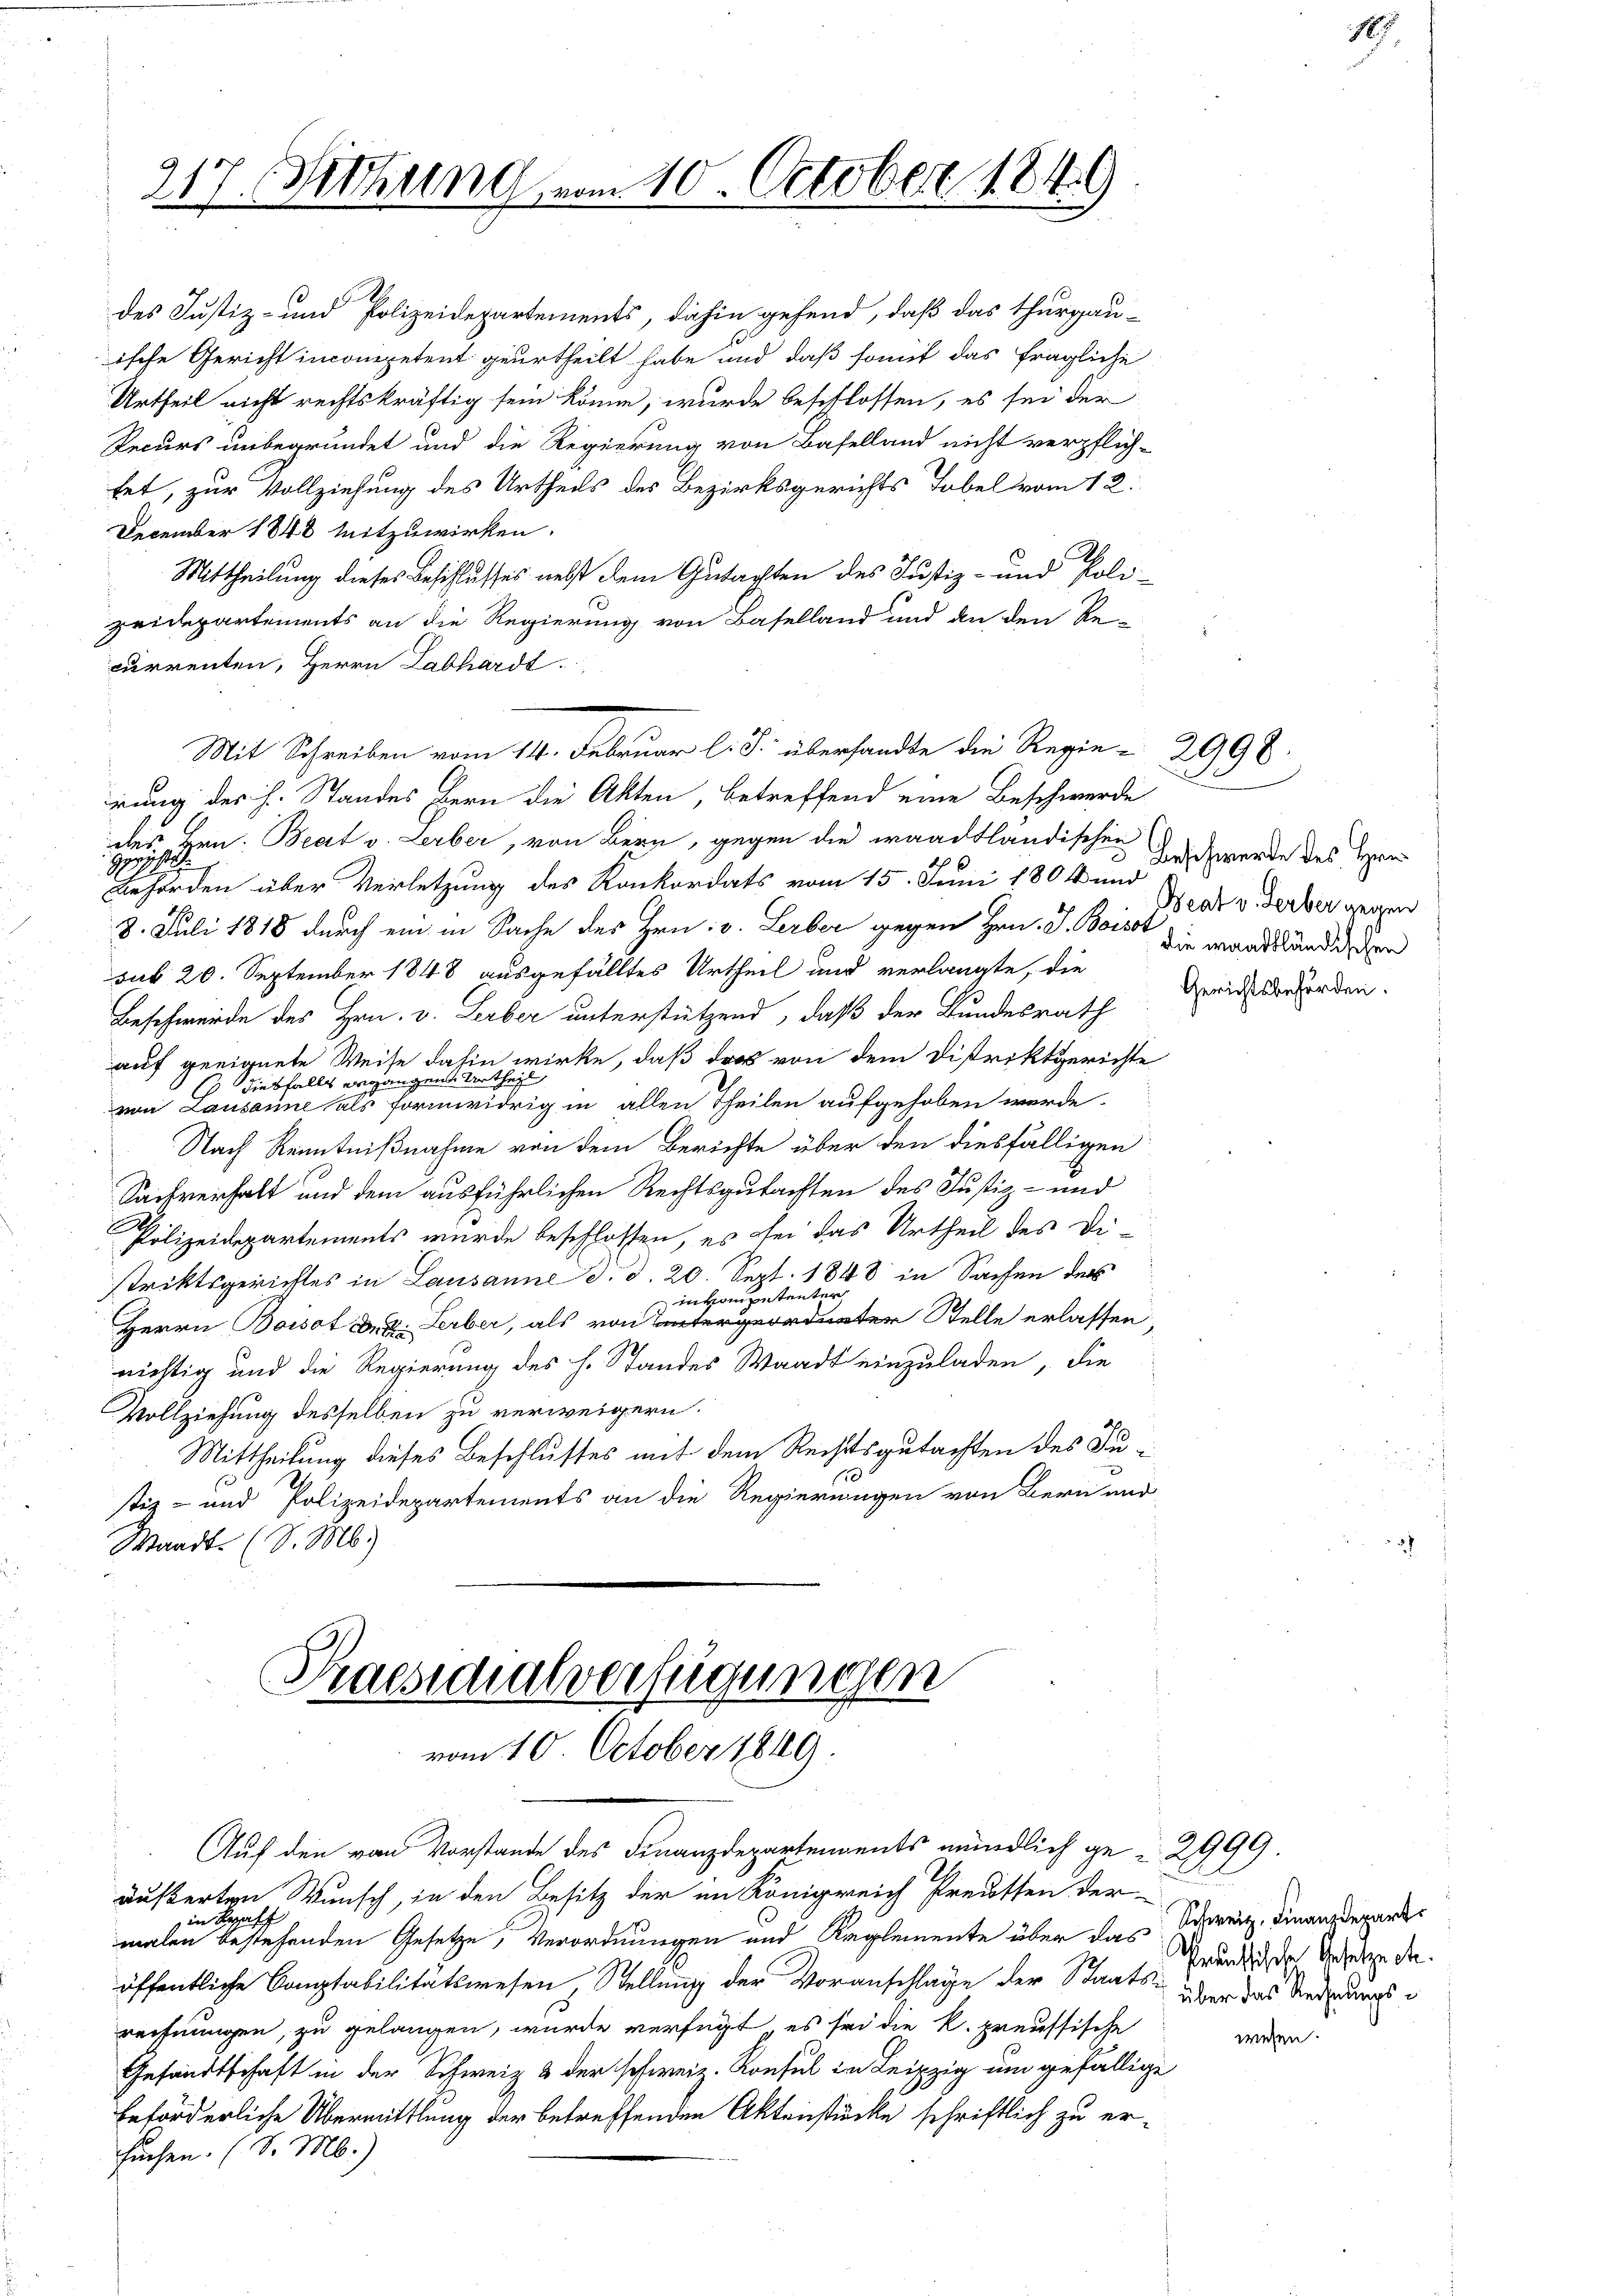
December 1848 mitzuwirken.
Mittheilung dieses Beschlusses nebst dem Gutachten des Justiz- und Polizeidepartements an die Regierung von Baselland und an den Re-
currenten, Herrn Labhardt.
rung des h. Standes Bern die Akten, betreffend eine Beschwerde
des Hrn. Beat v. Lerber, von Bern, gegen die waadtländischen Zeich werde des Her
Hpge
Behörden über Verletzung des Konkordats vom 15. Juni 1804 und
8. Juli 1818 durch ein in Sache des Hrn. v. Lerber gegen Hrn. J. Bois die mandständig her
sub 20. September 1848 ausgefälltes Urtheil und verlangte, die
Beschwerde des Hrn. v. Leiber unterstützend, daß der Bundesrath
auf geeignete Weise dahin wirke, daß das von dem Distriktgerichte
diesfalls ergangen Urtheil
von Lausanne als formwidrig in allen Theilen aufgehoben werde.
Nach Kenntnißnahme von dem Berichte über den diesfälligen
Sachverhalt und dem ausführlichen Rechtsgutachten des Justiz- und
Polizeidepartements wurde beschlossen, es bei das Urtheil des Di-
striktsgerichtes in Lausanne d. d. 20. Sept. 1848 in Sachen der
inkompetenter
Herrn Bossot der Lerber, als von Untergeordneter Stelle erlassen,
richtig und die Regierung des h. Standes Waadt einzuladen, die
Vollziehung desselben zu verweigern.
Mittheilung dieses Beschlusses mit dem Rechtsgutachten des Justiz- und Polizeidepartements an die Regierungen von Bern und
Waadt. (S. M.)

217. Fittung vom 10. October 1849

des Justiz- und Polizeidepartements, dahin gehend, daß das Thurgau-
ische Gericht incompetent geurtheilt habe und daß somit das fragliche
Urtheil nicht rechtskräftig sein könne, wurde beschlossen, es sei der
Recurs unbegründet und die Regierung von Baselland nicht verpflich-
fet, zur Vollziehung des Urtheils des Bezirksgerichts Tobel vom 12.

Mit Schreiben vom 14. Februar l. J. übersandte die Regie-2998.

Praesidialverfügungen
vom 10. October 1849.

Auf den von Vorstande des Finanzdepartements mündlich ge-2999.
äußerten Wunsch, in den Besitz der im Königreich Preusten der
in Kraf
malen bestehenden Gesetze, Verordnungen und Reglemente über das Schweiz. Finanzdeparte
öffentliche Comptabilitätswesen, Stellung der Voranschlage der Staats- oder das Rederungsrechnungen, zu gelangen, wurde verfügt, es sei die k. preussische
Gesandtschaft in der Schweiz & der schweiz. Konsul in Leipzig um gefällige
beförderliche Übermittlung der betreffenden Aktenstücke schriftlich zu ersuchen. (S. M.)

17

Beat v. Serber gegen
Gerichtsbehörden.

Preussische Gesetzeste.
wesen.